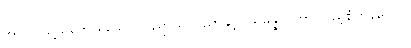
အကြင်သို့သဘောရှိသော။ ပညာယ၊ ပညာနှင့်။ သမန္နာဂတာ၊ ပြည့်စုံကုန်သော။